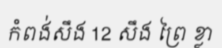
កំពង់សឹង 12 សឹង ព្រៃ ខ្លា